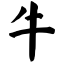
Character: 牛